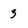
Character: 3